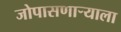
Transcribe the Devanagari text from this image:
जोपासणाऱ्याला